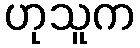
ဟုသူက